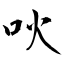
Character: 吙